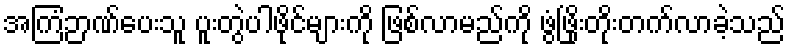
အကြံဉာဏ်ပေးသူ ပူးတွဲပါဖိုင်များကို ဖြစ်လာမည်ကို ဖွံဖြိုးတိုးတက်လာခဲ့သည်